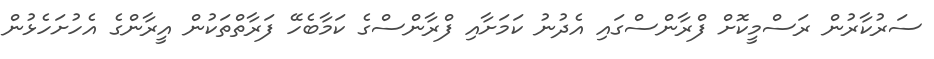
ސަރުކާރުން ރަސްމީކޮށް ފްރާންސްގައި އެދުނު ކަމަށާއި ފްރާންސްގެ ކަމާބެހޭ ފަރާތްތަކުން އީރާންގެ އެހުށަހެޅުން